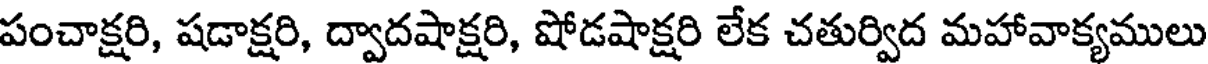
పంచాక్షరి, షడాక్షరి, ద్వాదషాక్షరి, షోడషాక్షరి లేక చతుర్విద మహావాక్యములు